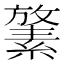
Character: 𪯛